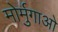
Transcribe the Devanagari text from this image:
मोर्मुगाओ